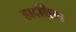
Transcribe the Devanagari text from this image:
हादक्षिण